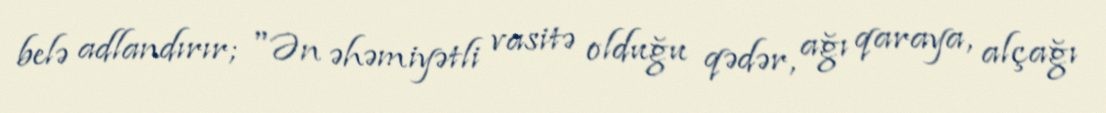
belə adlandırır; "Ən əhəmiyətli vasitə olduğu qədər, ağı qaraya, alçağı